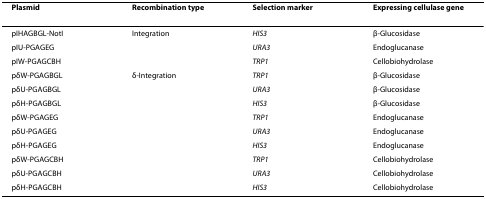
| Plasmid | Recombination type | Selection marker | Expressing cellulase gene |
 | --- | --- | --- | --- |
 | pIHAGBGL-NotI | Integration | HIS3 | β-Glucosidase |
 | pIU-PGAGEG |  | URA3 | Endoglucanase |
 | pIW-PGAGCBH |  | TRP1 | Cellobiohydrolase |
 | pδW-PGAGBGL | δ-Integration | TRP1 | β-Glucosidase |
 | pδU-PGAGBGL |  | URA3 | β-Glucosidase |
 | pδH-PGAGBGL |  | HIS3 | β-Glucosidase |
 | pδW-PGAGEG |  | TRP1 | Endoglucanase |
 | pδU-PGAGEG |  | URA3 | Endoglucanase |
 | pδH-PGAGEG |  | HIS3 | Endoglucanase |
 | pδW-PGAGCBH |  | TRP1 | Cellobiohydrolase |
 | pδU-PGAGCBH |  | URA3 | Cellobiohydrolase |
 | pδH-PGAGCBH |  | HIS3 | Cellobiohydrolase |